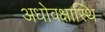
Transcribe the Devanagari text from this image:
अधोवक्षास्थि